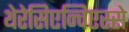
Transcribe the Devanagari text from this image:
थेरेसिएन्विएस्से